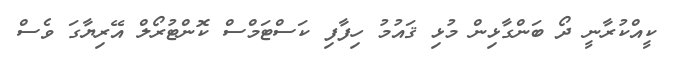
ކީއްކުރާނީ ދޯ ބަންގާޅިން މުޅި ޤައުމު ހިފާފި ކަސްޓަމްސް ކޮންޓުރޯލް އޭރިޔާގަ ވެސް